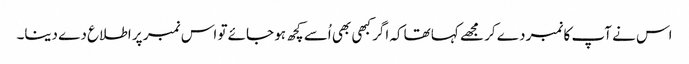
اس نے آپ کا نمبر دے کر مجھے کہا تھاکہ اگر کبھی بھی اُسے کچھ ہو جائے تو اس نمبر پر اطلاع دے دینا۔